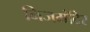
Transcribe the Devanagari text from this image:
निजमंदिर